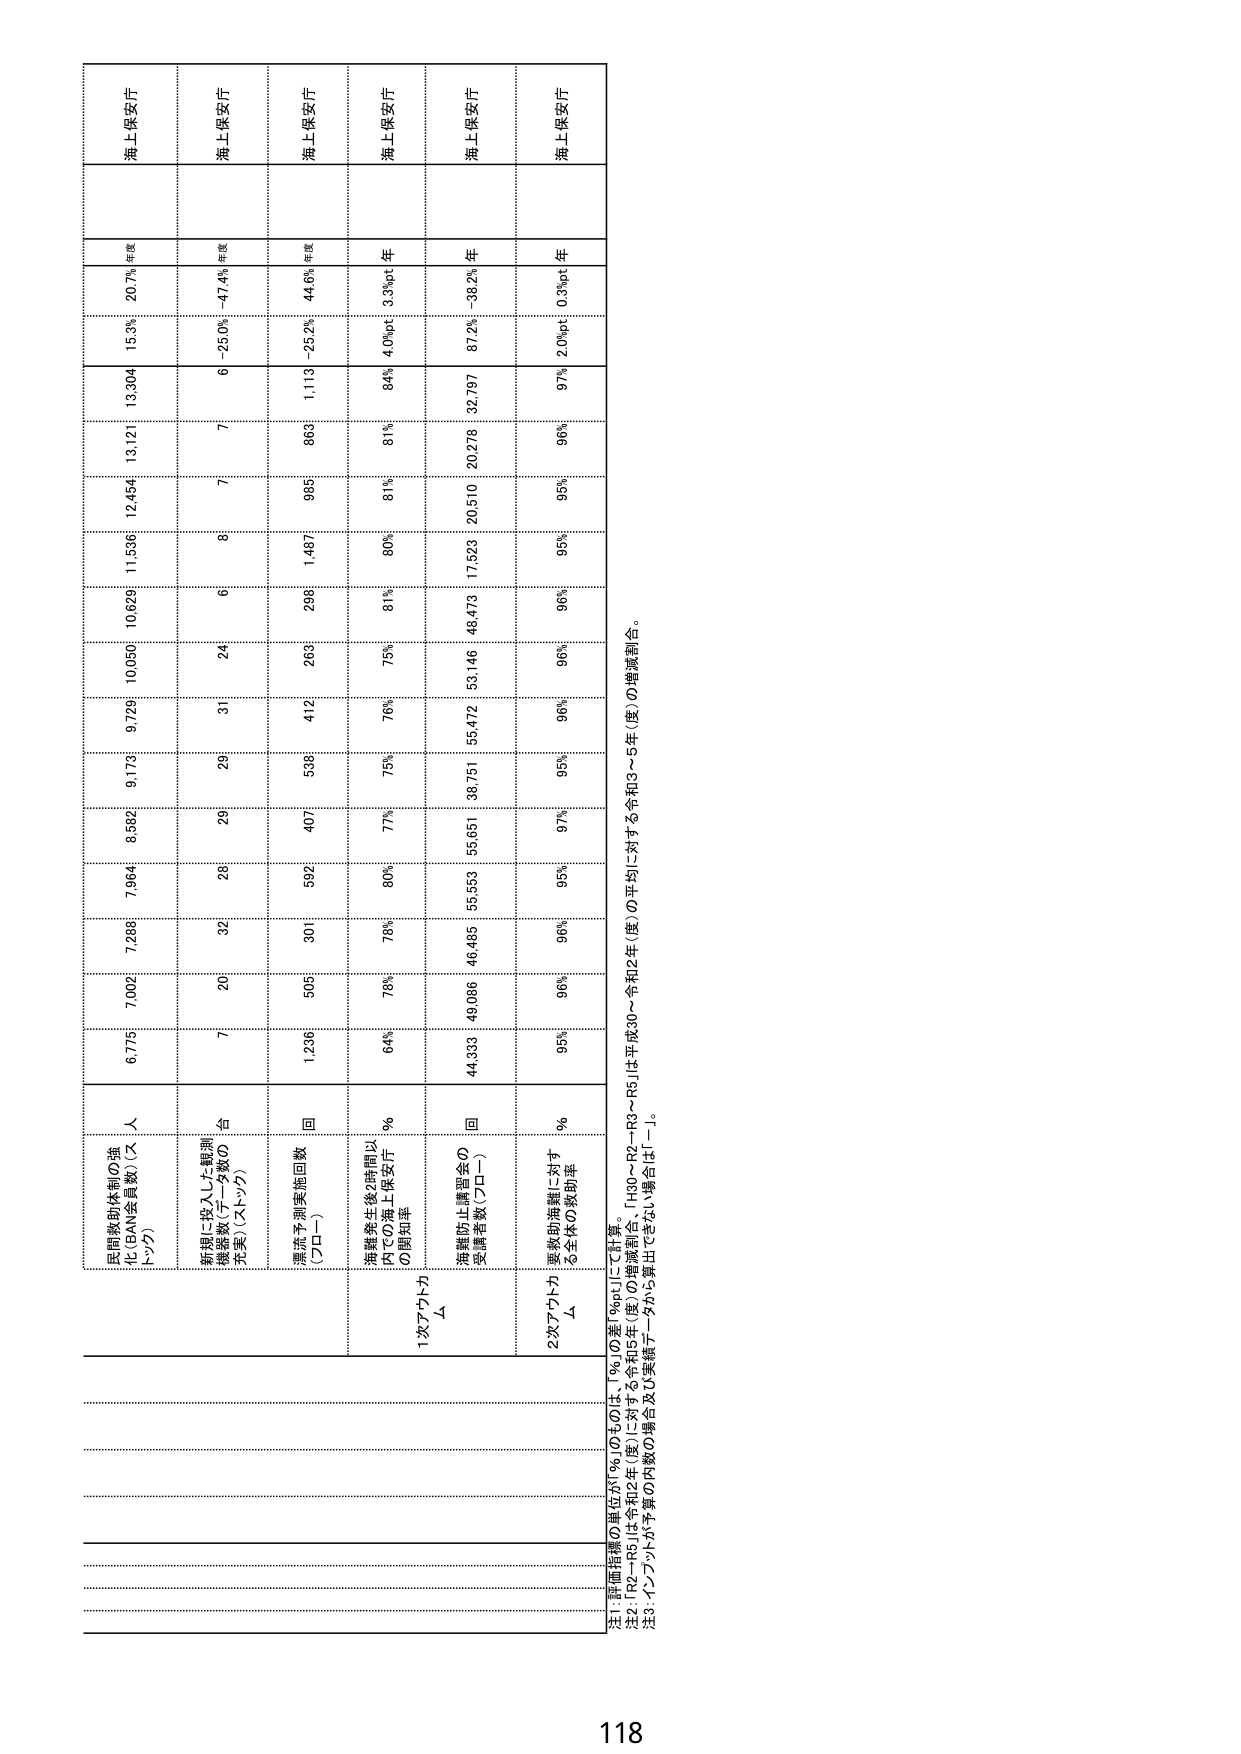
民間救助体制の強化（BAN実質数）（人 トン/万）
年間実施回数（プロー）
1次アプロトカム
2次アプロトカム
注1：評価指標の単位が「％」のものは、「％」の差「%pt」にて記載。
注2：「R2～R5」は令和2年（度）に対する令和5年（度）の増減割合。「H30～R2～R3～R5」は平成30～令和2年（度）の平均に対する令和3～5年（度）の増減割合。
注3：インフラが予算の内数の場合及び実績データから算出できない場合は「－」。
海上保安庁
海上保安庁
海上保安庁
海上保安庁
海上保安庁
海上保安庁
6,775
7,002
7,289
7,904
8,582
9,173
9,729
10,050
10,629
11,536
12,454
13,121
13,304
15.3%
20.7%
年度
7
20
32
28
29
29
31
24
6
6
7
6
-25.0%
-47.4%
年度
1,236
505
301
592
407
538
412
263
298
1,487
985
869
1,113
-25.2%
44.6%
年度
64%
76%
78%
80%
77%
75%
76%
75%
81%
80%
81%
81%
84%
4.0%pt
3.3%pt
年
44,333
49,086
46,485
55,553
55,651
38,751
55,472
53,146
48,473
17,523
20,510
20,278
32,797
87.2%
-38.2%
年
95%
96%
96%
95%
97%
95%
96%
96%
96%
95%
95%
96%
97%
2.0%pt
0.3%pt
年
海上保安庁
海上保安庁
海上保安庁
海上保安庁
海上保安庁
海上保安庁
118